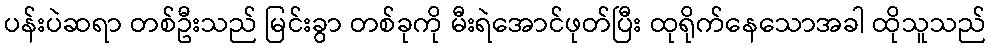
ပန်းပဲဆရာ တစ်ဦးသည် မြင်းခွာ တစ်ခုကို မီးရဲအောင်ဖုတ်ပြီး ထုရိုက်နေသောအခါ ထိုသူသည်